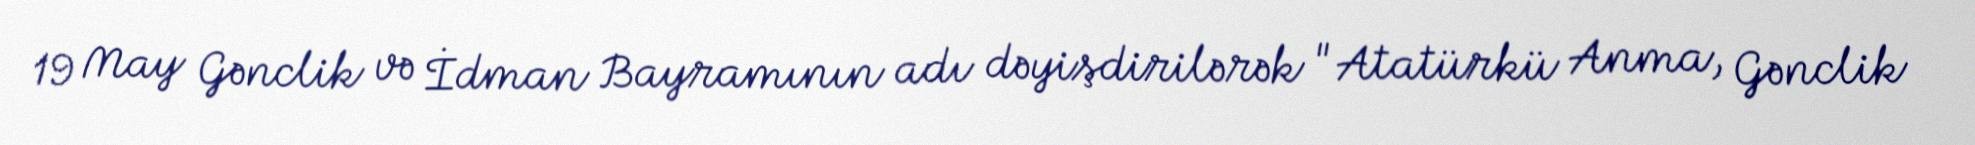
19 May Gənclik və İdman Bayramının adı dəyişdirilərək "Atatürkü Anma, Gənclik